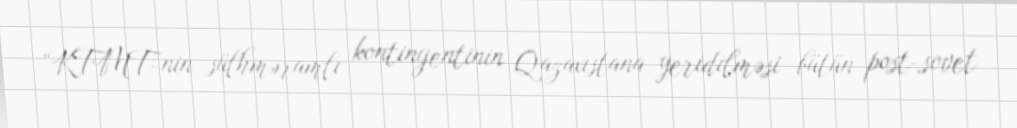
“KTMT-nin sülhməramlı kontingentinin Qazaxıstana yeridilməsi bütün post-sovet